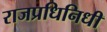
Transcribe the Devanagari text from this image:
राजप्रधिनिधी